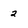
Character: 2